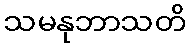
သမနုဘာသတိ